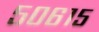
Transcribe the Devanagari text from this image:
५०६१५